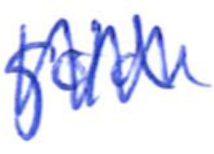
Text: gold
Cross-out: mix
Writing tool: ballpoint